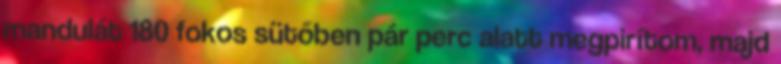
mandulát 180 fokos sütőben pár perc alatt megpirítom, majd